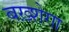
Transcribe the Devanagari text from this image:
बख़्शेगा